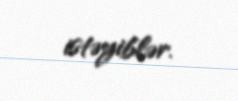
istəyiblər.